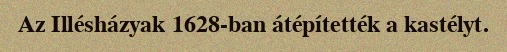
Az Illésházyak 1628-ban átépítették a kastélyt.